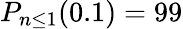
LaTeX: P_{n\leq 1}(0.1)=99